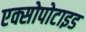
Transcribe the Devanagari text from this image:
एक्सोपोटाइड